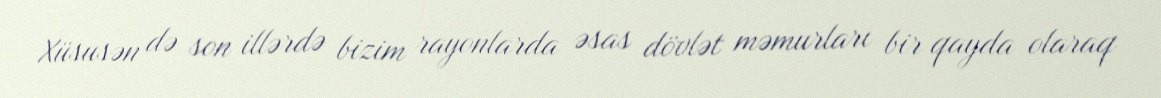
Xüsusən də son illərdə bizim rayonlarda əsas dövlət məmurları bir qayda olaraq